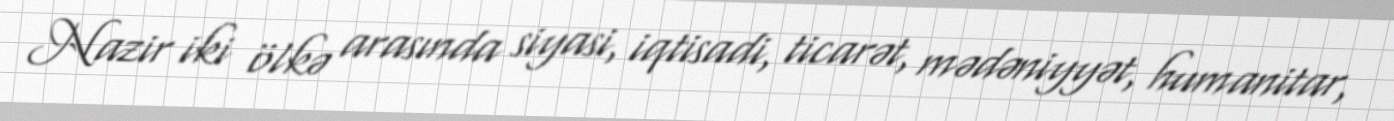
Nazir iki ölkə arasında siyasi, iqtisadi, ticarət, mədəniyyət, humanitar,